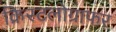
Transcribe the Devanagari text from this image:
क्रिस्टलोग्राफर